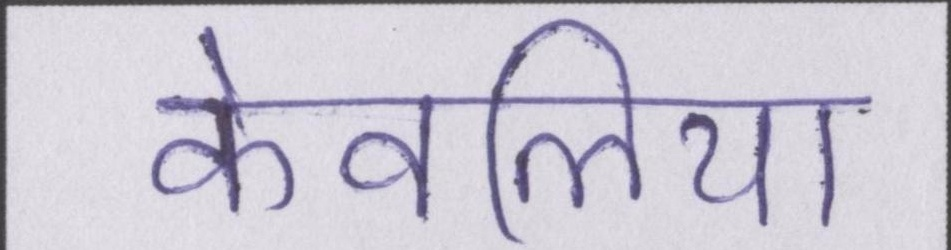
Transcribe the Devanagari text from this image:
केवलिया